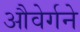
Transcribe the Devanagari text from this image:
औवेर्गने